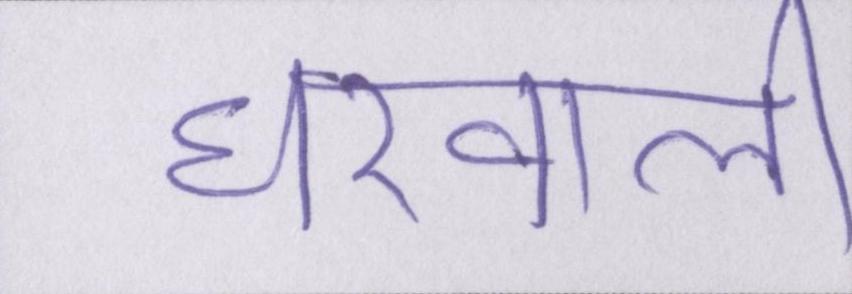
घरवाली